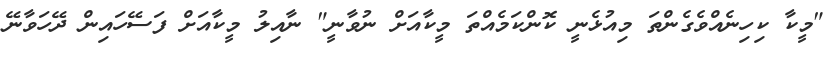
"މީކާ ކިހިނެއްވެގެންތަ މިއުޅެނީ ކޮންކަމެއްތަ މީކާއަށް ނުވާނީ" ނާއިލު މީކާއަށް ފަސޭހައިން ދޭހަވާނޭ